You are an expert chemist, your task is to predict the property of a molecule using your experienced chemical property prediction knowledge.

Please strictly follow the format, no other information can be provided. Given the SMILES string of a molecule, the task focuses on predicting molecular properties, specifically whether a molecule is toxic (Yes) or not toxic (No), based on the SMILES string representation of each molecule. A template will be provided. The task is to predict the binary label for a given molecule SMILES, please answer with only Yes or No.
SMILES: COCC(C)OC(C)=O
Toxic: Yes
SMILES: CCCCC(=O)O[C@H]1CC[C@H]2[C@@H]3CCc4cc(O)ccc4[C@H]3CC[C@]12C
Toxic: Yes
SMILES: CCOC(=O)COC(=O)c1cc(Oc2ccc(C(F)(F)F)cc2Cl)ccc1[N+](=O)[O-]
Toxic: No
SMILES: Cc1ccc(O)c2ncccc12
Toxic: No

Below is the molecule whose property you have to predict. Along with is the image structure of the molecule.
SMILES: C=C1C[C@]23C[C@@]1(O)CC[C@H]2[C@@]12C=C[C@H](O)[C@@](C)(C(=O)O1)[C@H]2[C@@H]3C(=O)O
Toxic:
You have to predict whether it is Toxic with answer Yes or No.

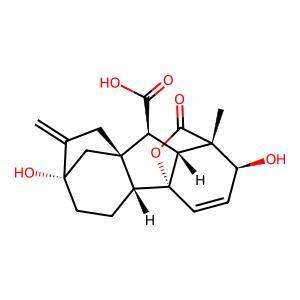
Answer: No